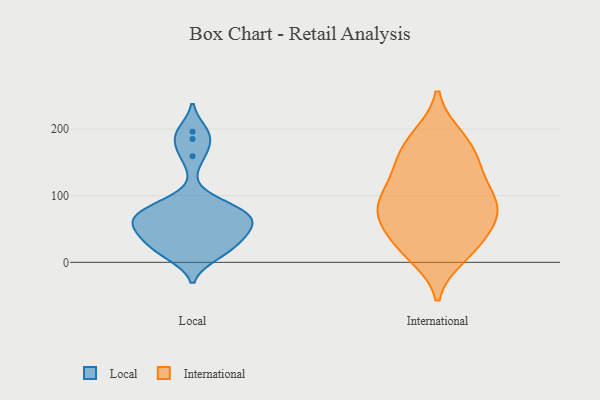
{"axis": {"x": "Inventory Turnover", "y": "Value"}, "legend": ["International", "Local"], "data": [{"x": "", "y": 22, "type": "Local"}, {"x": "", "y": 50, "type": "Local"}, {"x": "", "y": 52, "type": "Local"}, {"x": "", "y": 32, "type": "Local"}, {"x": "", "y": 43, "type": "Local"}, {"x": "", "y": 63, "type": "Local"}, {"x": "", "y": 88, "type": "Local"}, {"x": "", "y": 16, "type": "Local"}, {"x": "", "y": 11, "type": "Local"}, {"x": "", "y": 63, "type": "Local"}, {"x": "", "y": 185, "type": "Local"}, {"x": "", "y": 79, "type": "Local"}, {"x": "", "y": 196, "type": "Local"}, {"x": "", "y": 78, "type": "Local"}, {"x": "", "y": 159, "type": "Local"}, {"x": "", "y": 71, "type": "Local"}, {"x": "", "y": 188, "type": "International"}, {"x": "", "y": 97, "type": "International"}, {"x": "", "y": 31, "type": "International"}, {"x": "", "y": 73, "type": "International"}, {"x": "", "y": 80, "type": "International"}, {"x": "", "y": 184, "type": "International"}, {"x": "", "y": 11, "type": "International"}, {"x": "", "y": 25, "type": "International"}, {"x": "", "y": 132, "type": "International"}, {"x": "", "y": 98, "type": "International"}, {"x": "", "y": 139, "type": "International"}, {"x": "", "y": 81, "type": "International"}, {"x": "", "y": 22, "type": "International"}, {"x": "", "y": 74, "type": "International"}, {"x": "", "y": 144, "type": "International"}, {"x": "", "y": 65, "type": "International"}, {"x": "", "y": 169, "type": "International"}]}